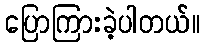
ပြောကြားခဲ့ပါတယ်။